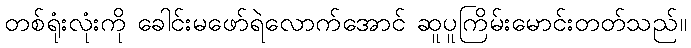
တစ်ရုံးလုံးကို ခေါင်းမဖော်ရဲလောက်အောင် ဆူပူကြိမ်းမောင်းတတ်သည်။